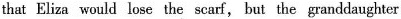
that Eliza would lese thescaf,but the granddaughter